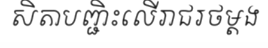
សិតាបញ្ជិះលើរាជរថម្តង